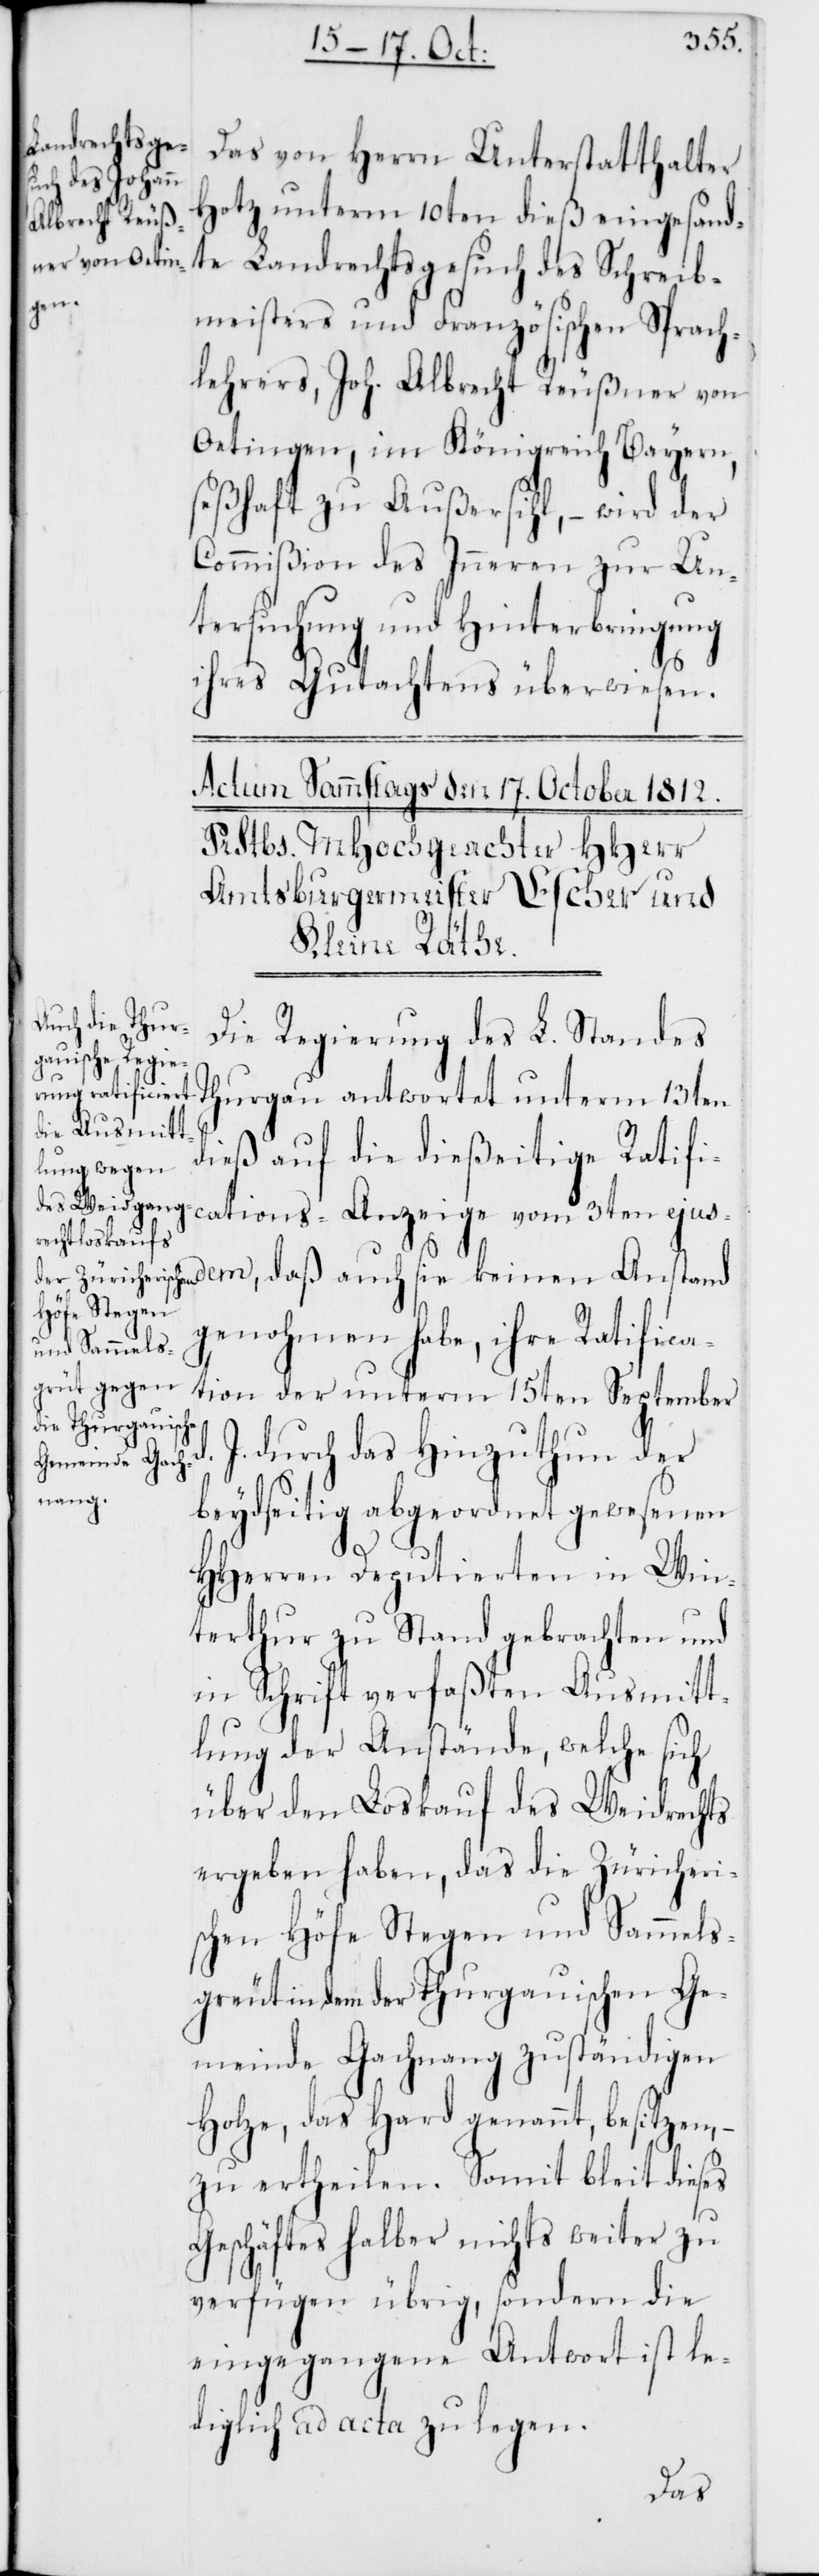
Das von Herrn Unterstatthalter
Hotz unterm 10ten dieß eingesand¬
te Landrechtsgesuch des Schreib¬
meisters und Französischen Sprach¬
lehrers, Joh. Albrecht Reußner von
Oetingen, im Königreich Bayern,
seßhaft zu Außersihl, – wird der
Commißion des Inneren zur Un¬
tersuchung und Hinterbringung
ihres Gutachtens überwiesen.
3ten ejus¬
Die Regierung des L. Standes
dieß auf die dießeitige Ratifi¬
dem, daß auch sie keinen Anstand
genohmen habe, ihre Ratifica¬
tion der unterm 15ten September
J. durch das Hinzuthun der
beydseitig abgeordnet gewesenen
d.
HHerren Deputierten in Win¬
terthur zustand gebrachten und
in Schrift verfaßten Ausmitt¬
lung der Anstände, welche sich
über den Loskauf des Weidrechts
ergeben haben, das die Zürcheri¬
schen Höfe Stegen und Sammels¬
greut in dem der Thurgauischen Ge¬
meinde Gachnang zuständigen
Holze, das Hard genannt, besitzen,
zu ertheilen. Somit bleibt dieses
Geschäftes halber nichts weiter zu
verfügen übrig, sondern die
eingegangene Antwort ist le¬
diglich ad acta zu legen.